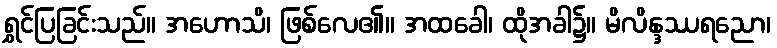
ရွှင်ပြခြင်းသည်။ အဟောသိ၊ ဖြစ်လေ၏။ အထခေါ၊ ထိုအခါ၌။ မိလိန္ဒဿရညော၊